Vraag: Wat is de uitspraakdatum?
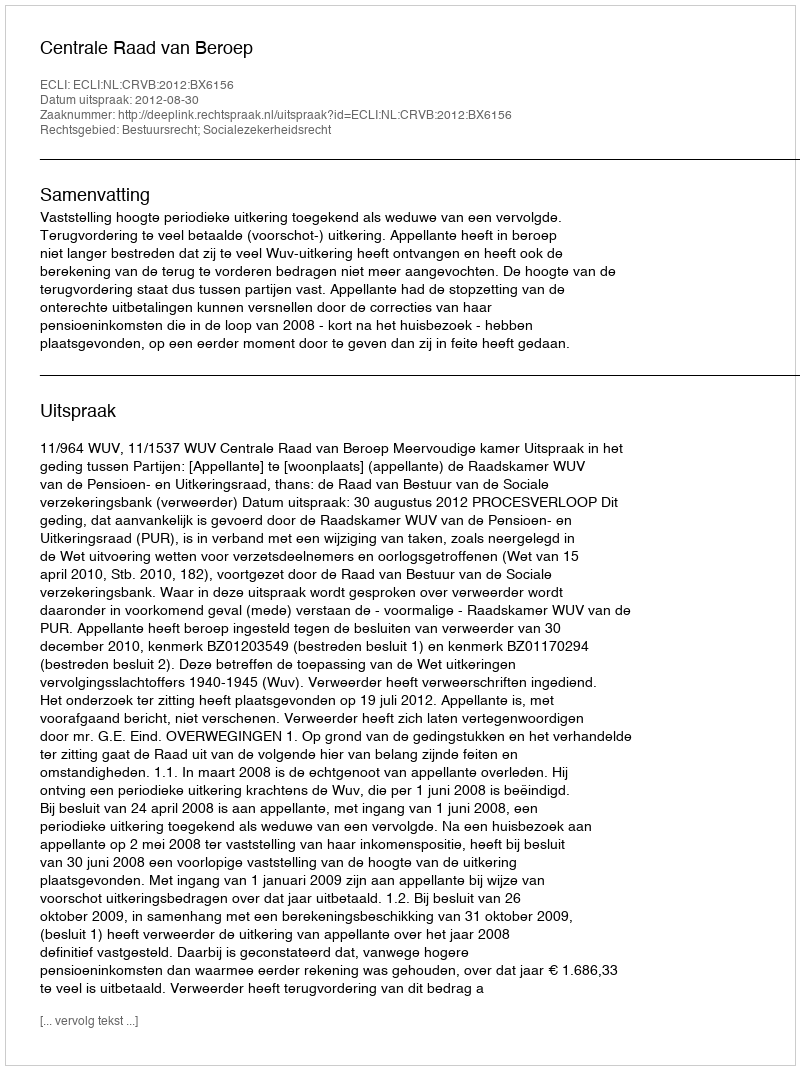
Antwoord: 2012-08-30